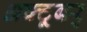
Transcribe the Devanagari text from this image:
अक्टूबर्